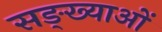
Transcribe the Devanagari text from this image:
सङ्ख्याअाें